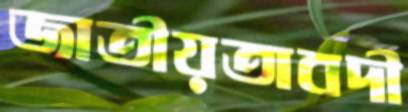
জাতীয়তাবদী